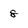
Character: 8